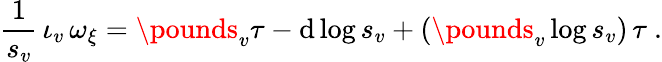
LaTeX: \frac{1}{s_{v}}\, \iota_{v}\, \omega_{\xi}=\pounds_{v}\tau-\mathrm{d}\log s_{v}+(\pounds_{v}\log s_{v})\, \tau\ .